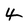
Character: 4